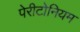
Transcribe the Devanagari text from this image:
पेरीटोनियम